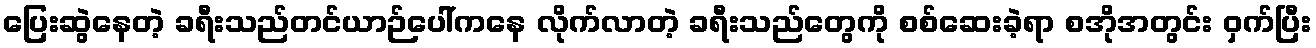
ပြေးဆွဲနေတဲ့ ခရီးသည်တင်ယာဉ်ပေါ်ကနေ လိုက်လာတဲ့ ခရီးသည်တွေကို စစ်ဆေးခဲ့ရာ စအိုအတွင်း ဝှက်ပြီး